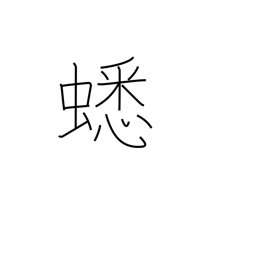
Meaning: cricket